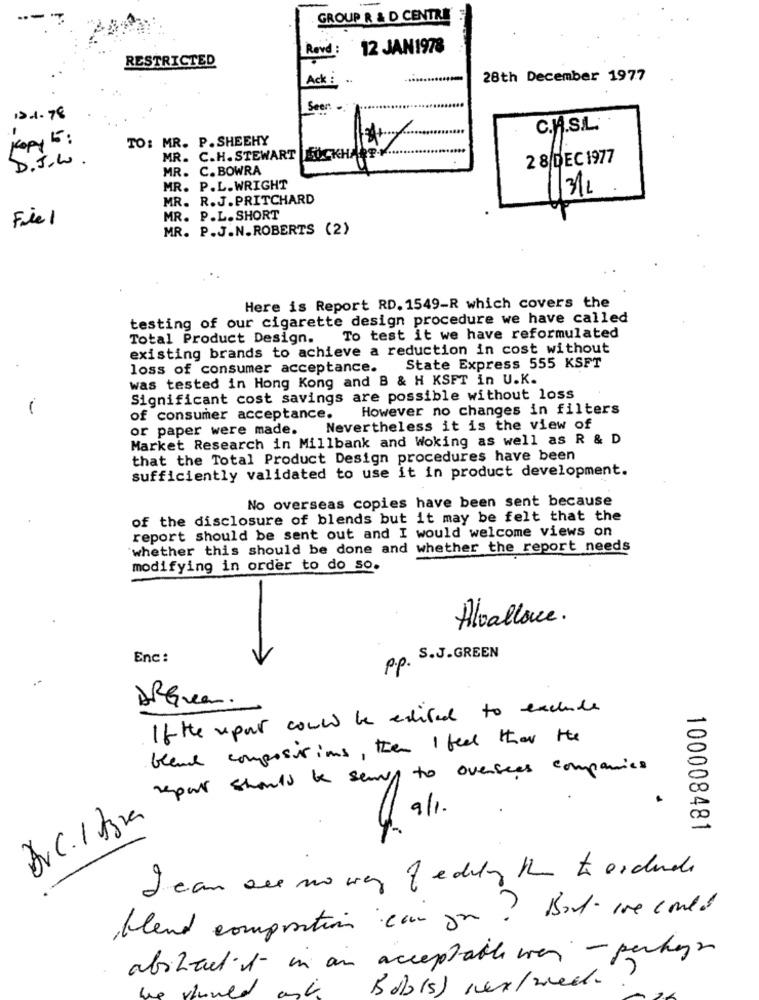
GROUP R & D CENTRE
Rovd:
12 JAN1978
RESTRICTED
Ack :
28th December 1977
Seen ..
.........
12.1.78
C.A.S.L.
Kopy 15:
.
TO: MR. P. SHEEHY
D.J.W.
MR. C.H. STEWART SUCKHALE
2 8 DEC 1977
MR. C. BOWRA
MR. P.L. WRIGHT
MR. R.J.PRITCHARD
/3/2
Fiel
MR. P.L.SHORT
MR. P.J.N.ROBERTS (2)
Here is Report RD. 1549-R which covers the
testing of our cigarette design procedure we have called
Total Product Design. To test it we have reformulated
existing brands to achieve a reduction in cost without
loss of consumer acceptance.
State Express 555 KSFT
was tested in Hong Kong and B & H KSFT in U.K.
Significant cost savings are possible without loss
However no changes in filters
of consumer acceptance.
or paper were made.
Nevertheless it is the view of
Market Research in Millbank and Woking as well as R & D
that the Total Product Design procedures have been
sufficiently validated to use it in product development.
No overseas copies have been sent because
of the disclosure of blends but it may be felt that the
report should be sent out and I would welcome views on
`whether this should be done and whether the report needs
modifying in order to do so.
Alvallone .
Enc:
S.J.GREEN
p.p.
If the upor could be edited to exclude
bland compositions, then I feel that the
repair should be serv to oversees companies
4. 91.
Pvc. 1 Hora
100008481
Jean are no way fedily the to exclude
blend composition cain por ? But we could
abshaut it in an acceptable wen - perhagen
would ask